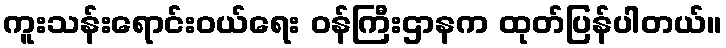
ကူးသန်းရောင်းဝယ်ရေး ဝန်ကြီးဌာနက ထုတ်ပြန်ပါတယ်။